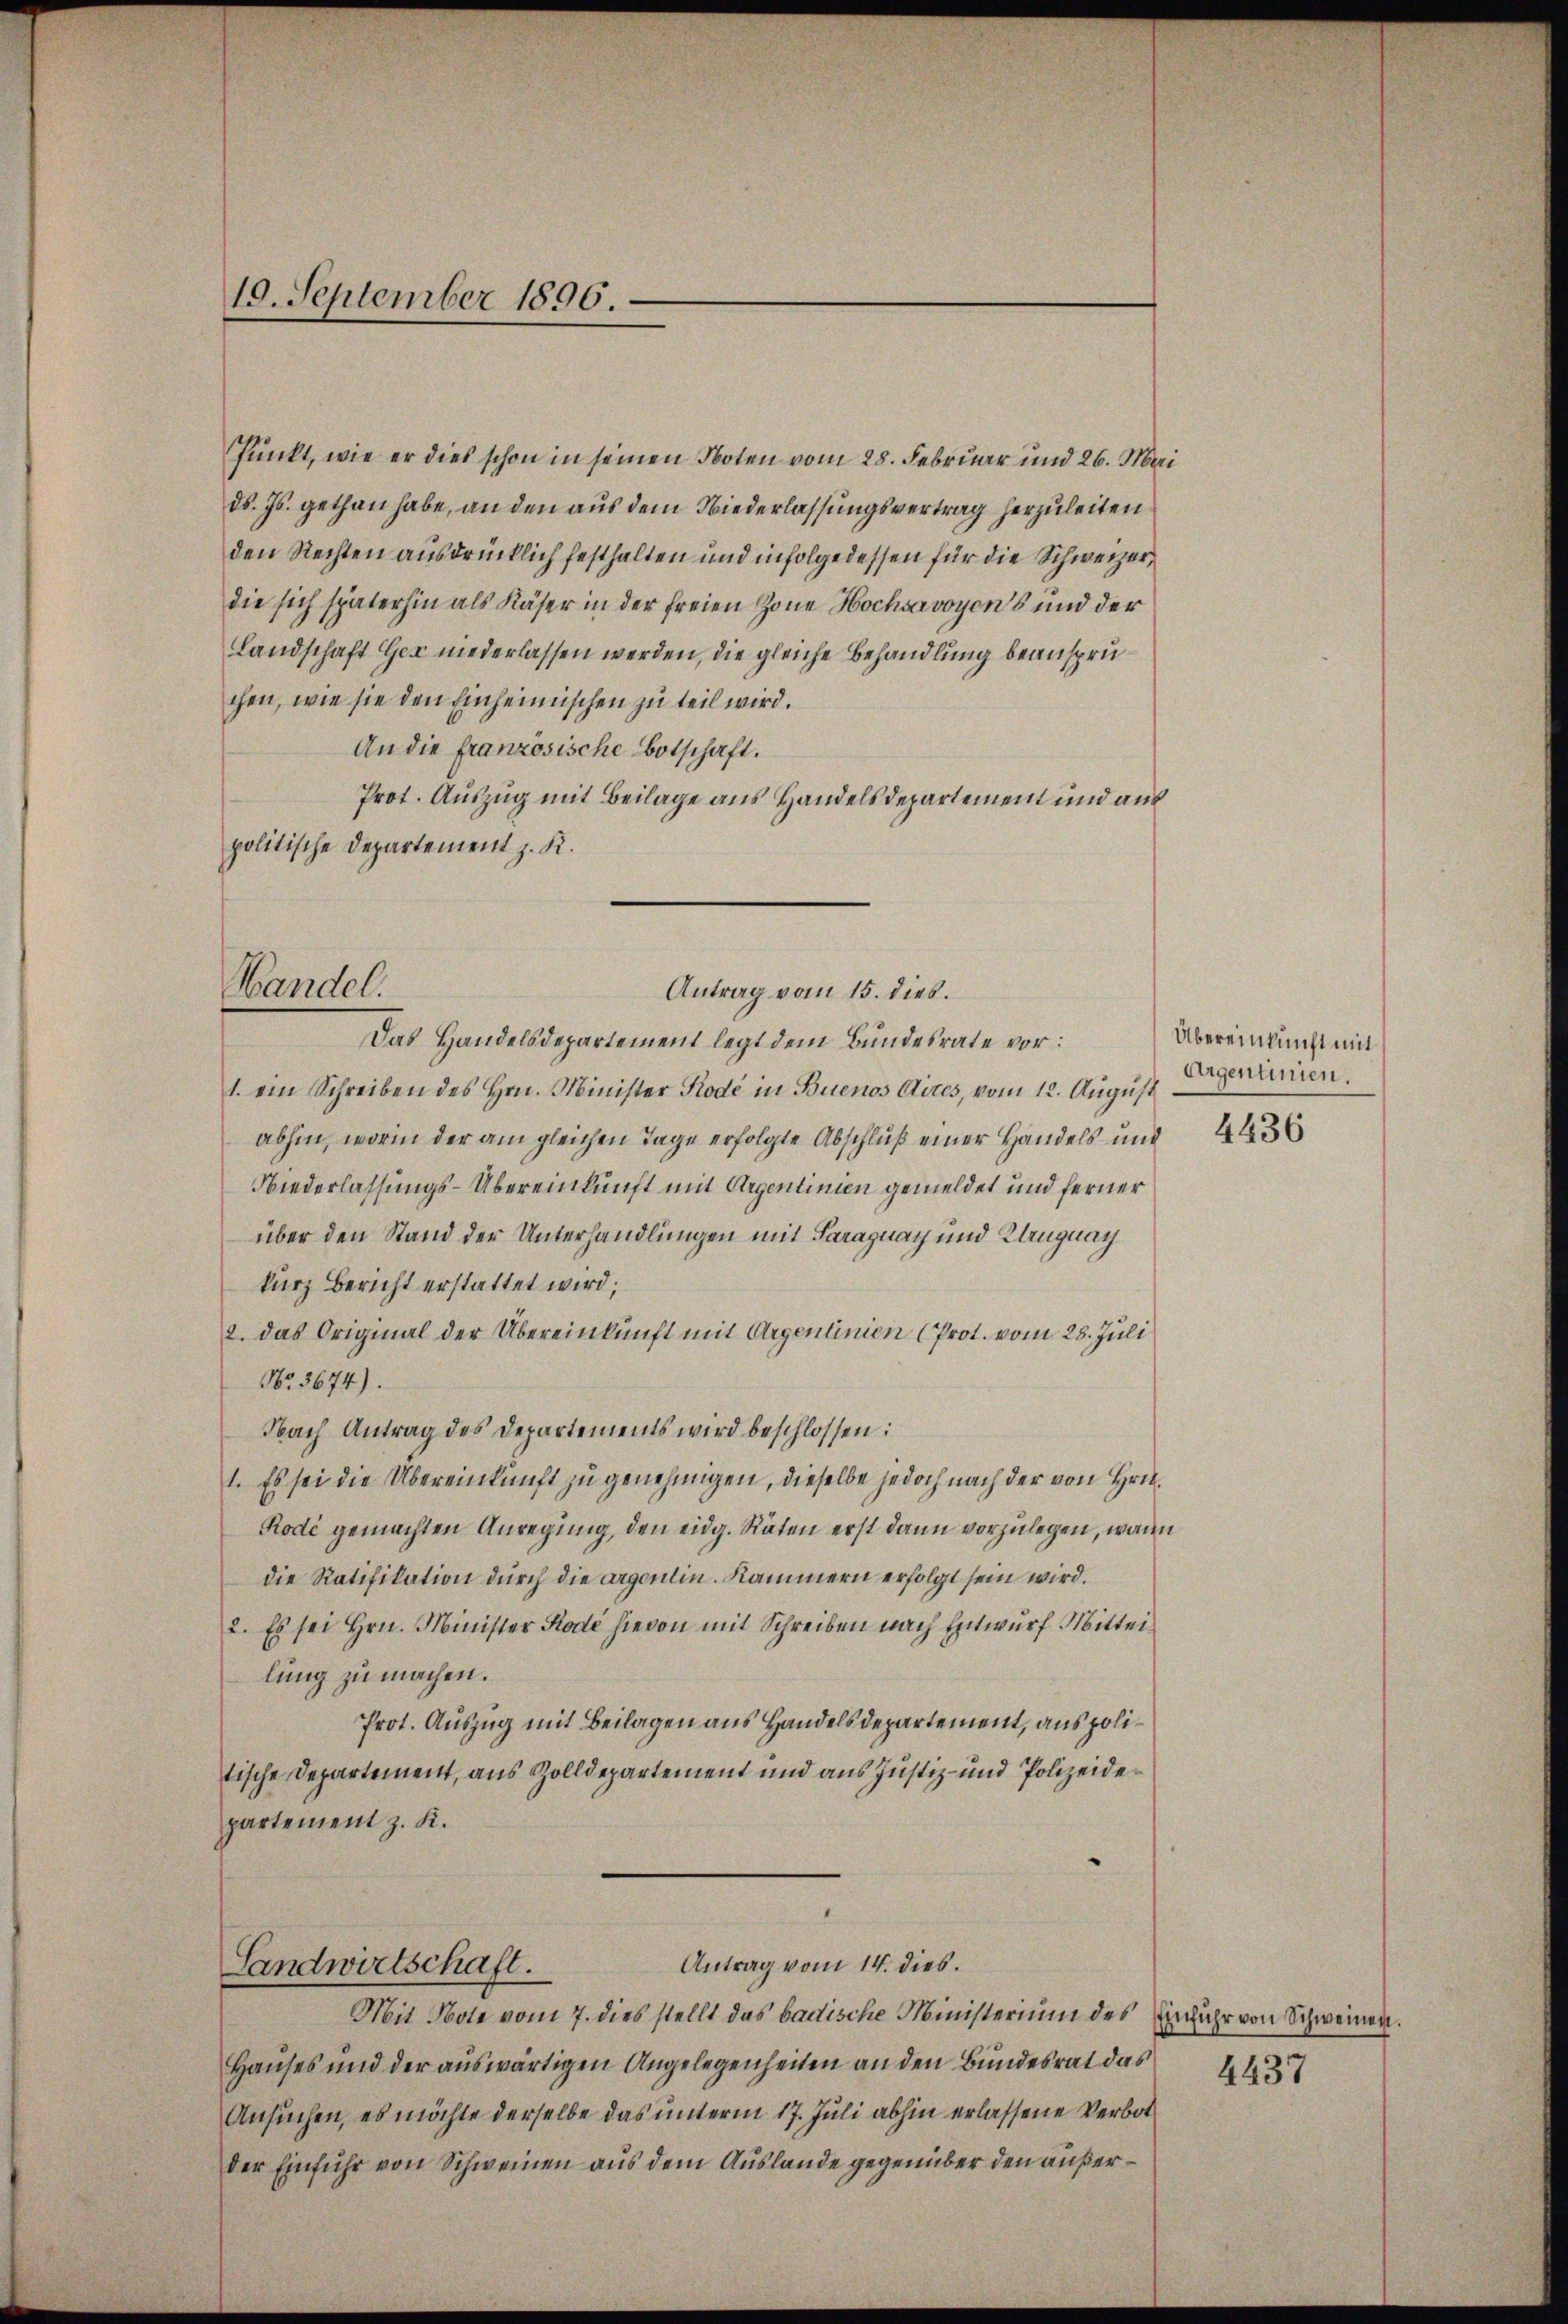
19. September 1896.

Punkt, wie er dies schon in seinen Noten vom 28. Februar und 26. Mai
d. Js. gethan habe, an den aus dem Niederlassungsvertrag herzuleiten
den Rechten ausdrücklich festhalten und infolgedessen für die Schweizerdie sich späterhin als Käser in der freien Zone Hochsavoyens und der
Landschaft Ger niederlassen werden, die gleiche Behandlung beanspruchen, wie sie den Einheimischen zu teil wird.
An die französische Botschaft.
Prot. Auszug mit Beilage aus Handelsdepartement und aus
politische Departement z. K.
Das Handelsdepartement legt dem Bundesrate vor:
1. ein Schreiben des Hrn. Minister Kode in Buenos Aites, vom 12. Aŭgŭst
abhin, worin der am gleichen Tage erfolgte Abschluß einer Handels und
Niederlassungs-Übereinkunft mit Argentinien gemeldet und ferner
über den Stand der Unterhandlungen mit Faragnach und Kluguay
kurz Bericht erstattet wird;
2. Das Original der Übereinkunft mit Argenlinien (Prot. vom 28. Juli
No. 3674).
Nach Antrag des Departements wird beschlossen:
1. Es sei die Übereinkunft zu genehmigen, dieselbe jedoch nach der von Hrn.
Rodi gemachten Anregung, den eidg. Räten erst dann vorzulegen, wann
die Ratifikation durch die argentin. Kammern erfolgt sein wird.
2. Es sei Hrn. Minister Kode hievon mit Schreiben nach Entwurf Mittei
lung zu machen.
Prot. Auszug mit Beilagen aus Handelsdepartement, aus politische Departement, aus Zolldepartement und aus Justiz- und Polizeidepartement z. K.
Antrag vom 14. dies.
Landwirtschaft.
Mit Bote vom 7. dies stellt das badische Ministerium des Einfuhr von Schweinen.
Hauses und der auswärtigen Angelegenheiten an den Bundesrat das
Ansuchen, es möchte derselbe das unterm 17. Juli abhin erlassene Verbot
der Einfuhr von Schweinen aus dem Auslande gegenüber den außer¬

Wandel.

Antrag vom 15. dies.

Übereinkunft mit
Argentinien.

4436

4437